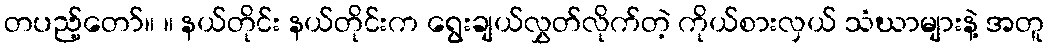
တပည့်တော်။ ။ နယ်တိုင်း နယ်တိုင်းက ရွေးချယ်လွှတ်လိုက်တဲ့ ကိုယ်စားလှယ် သံဃာများနဲ့ အတူ